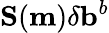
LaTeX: \mathbf{S}(\mathbf{m})\mathbf{\delta}\mathbf{b}^{b}